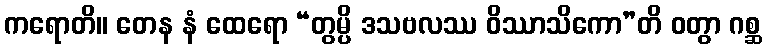
ကရောတိ။ တေန နံ ထေရော “တွမ္ပိ ဒသဗလဿ ဝိဿာသိကော”တိ ဝတွာ ဂစ္ဆ